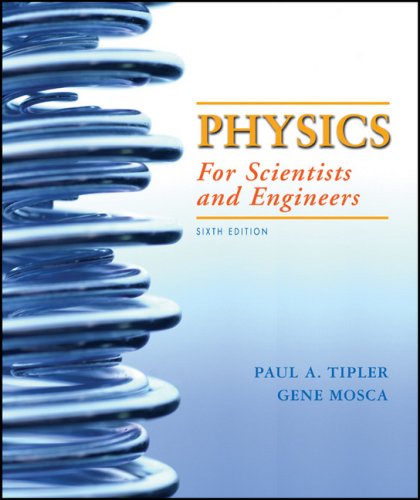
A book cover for Physics for Scientists and Engineers, 6th Edition; Paul A. Tipler; Science & Math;